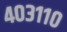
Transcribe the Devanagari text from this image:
४०३११०